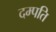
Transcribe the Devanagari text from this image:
दम्‍पति